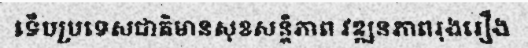
ទើបប្រទេសជាតិមានសុខសន្តិភាព វឌ្ឍនភាពរុងរឿង